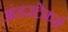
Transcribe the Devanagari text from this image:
अंडरटेकर्स